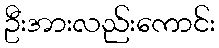
ဦးအားလည်းကောင်း